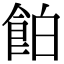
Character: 𩛇